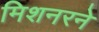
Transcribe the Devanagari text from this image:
मिशनरने